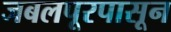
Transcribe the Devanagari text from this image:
जबलपूरपासून